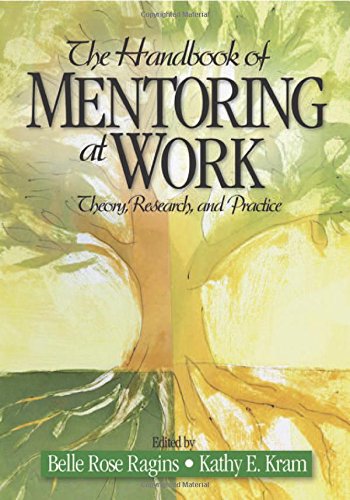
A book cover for The Handbook of Mentoring at Work: Theory, Research, and Practice; Belle Rose Ragins; Business & Money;